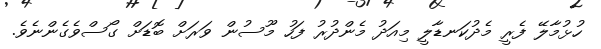
ހުޅުމާލޭ ފެރީ މެދުކަނޑާލީ މިއަދު މެންދުރު ފަހު މޫސުން ވަރަށް ބޮޑަށް ގޯސްވެގެންނެވެ.